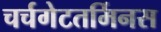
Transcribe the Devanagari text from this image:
चर्चगेटतर्मिनस